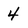
Character: 4